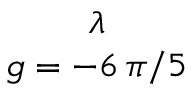
\begin{array} { c } { { \lambda } } \\ { { g = - 6 \, \pi / 5 } } \end{array}